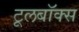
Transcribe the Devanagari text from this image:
टूलबॉक्स